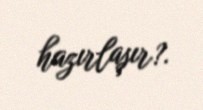
hazırlaşır?.